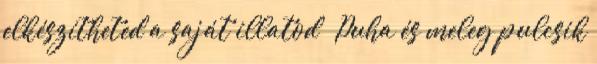
elkészítheted a saját illatod » Puha és meleg pulcsik